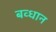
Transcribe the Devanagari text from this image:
बव्धान